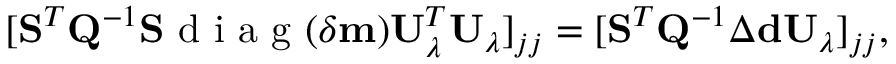
\begin{array} { r } { [ \mathbf { S } ^ { T } \mathbf { Q } ^ { - 1 } \mathbf { S } \mathrm { ~ d ~ i ~ a ~ g ~ } ( \delta \mathbf { m } ) \mathbf { U } _ { \lambda } ^ { T } \mathbf { U } _ { \lambda } ] _ { j j } = [ \mathbf { S } ^ { T } \mathbf { Q } ^ { - 1 } \Delta \mathbf { d } \mathbf { U } _ { \lambda } ] _ { j j } , } \end{array}